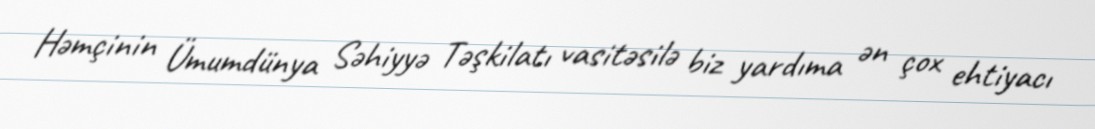
Həmçinin Ümumdünya Səhiyyə Təşkilatı vasitəsilə biz yardıma ən çox ehtiyacı